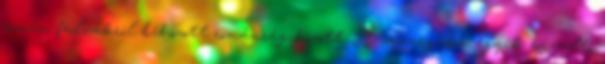
román falvakról behozott románság között. A zavargások egyik kiváltó